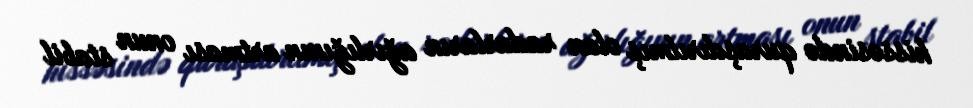
hissəsində quraşdırılmış olan radarların ağırlığının artması onun stabil